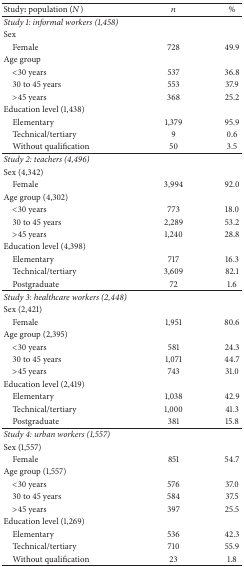
<table><thead><tr><td><b>Study: population (<i>N</i>)</b></td><td><b><i>n</i></b></td><td><b>%</b></td></tr></thead><tbody><tr><td><i>Study 1: informal workers (1,458)</i></td><td> </td><td> </td></tr><tr><td>Sex</td><td> </td><td> </td></tr><tr><td> Female</td><td>728</td><td>49.9</td></tr><tr><td>Age group</td><td> </td><td> </td></tr><tr><td> &lt;30 years</td><td>537</td><td>36.8</td></tr><tr><td> 30 to 45 years</td><td>553</td><td>37.9</td></tr><tr><td> &gt;45 years</td><td>368</td><td>25.2</td></tr><tr><td>Education level (1,438)</td><td> </td><td> </td></tr><tr><td> Elementary</td><td>1,379</td><td>95.9</td></tr><tr><td> Technical/tertiary</td><td> 9</td><td>0.6</td></tr><tr><td> Without qualification</td><td>50</td><td>3.5</td></tr><tr><td><i>Study 2: teachers (4,496)</i></td><td> </td><td> </td></tr><tr><td>Sex (4,342)</td><td> </td><td> </td></tr><tr><td> Female</td><td>3,994</td><td>92.0</td></tr><tr><td>Age group (4,302)</td><td> </td><td> </td></tr><tr><td> &lt;30 years</td><td>773</td><td>18.0</td></tr><tr><td> 30 to 45 years</td><td>2,289</td><td>53.2</td></tr><tr><td> &gt;45 years</td><td>1,240</td><td>28.8</td></tr><tr><td>Education level (4,398)</td><td> </td><td> </td></tr><tr><td> Elementary</td><td>717</td><td>16.3</td></tr><tr><td> Technical/tertiary</td><td>3,609</td><td>82.1</td></tr><tr><td> Postgraduate</td><td>72</td><td>1.6</td></tr><tr><td><i>Study 3: healthcare workers (2,448)</i></td><td> </td><td> </td></tr><tr><td>Sex (2,421)</td><td> </td><td> </td></tr><tr><td> Female</td><td>1,951</td><td>80.6</td></tr><tr><td>Age group (2,395)</td><td> </td><td> </td></tr><tr><td> &lt;30 years</td><td>581</td><td>24.3</td></tr><tr><td> 30 to 45 years</td><td>1,071</td><td>44.7</td></tr><tr><td> &gt;45 years</td><td>743</td><td>31.0</td></tr><tr><td>Education level (2,419)</td><td> </td><td> </td></tr><tr><td> Elementary</td><td>1,038</td><td>42.9</td></tr><tr><td> Technical/tertiary</td><td>1,000</td><td>41.3</td></tr><tr><td> Postgraduate</td><td>381</td><td>15.8</td></tr><tr><td><i>Study 4: urban workers (1,557)</i></td><td> </td><td> </td></tr><tr><td>Sex (1,557)</td><td> </td><td> </td></tr><tr><td> Female</td><td>851</td><td>54.7</td></tr><tr><td>Age group (1,557)</td><td> </td><td> </td></tr><tr><td> &lt;30 years</td><td>576</td><td>37.0</td></tr><tr><td> 30 to 45 years</td><td>584</td><td>37.5</td></tr><tr><td> &gt;45 years</td><td>397</td><td>25.5</td></tr><tr><td>Education level (1,269)</td><td> </td><td> </td></tr><tr><td> Elementary</td><td>536</td><td>42.3</td></tr><tr><td> Technical/tertiary</td><td>710</td><td>55.9</td></tr><tr><td> Without qualification</td><td>23</td><td>1.8</td></tr></tbody></table>